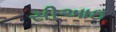
સીઆઇ